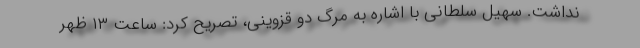
نداشت. سهیل سلطانی با اشاره به مرگ دو قزوینی، تصریح کرد: ساعت ۱۳ ظهر